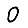
Digit: 0